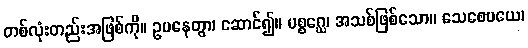
တစ်လုံးတည်းအဖြစ်ကို။ ဥပနေတွာ၊ ဆောင်၍။ ပစ္စဂ္ဃေ၊ အသစ်ဖြစ်သော။ သေစေမယေ၊